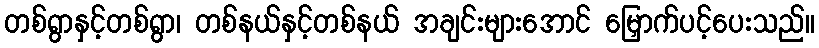
တစ်ရွာနှင့်တစ်ရွာ၊ တစ်နယ်နှင့်တစ်နယ် အချင်းများအောင် မြှောက်ပင့်ပေးသည်။